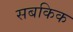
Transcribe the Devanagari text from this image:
सबकिक